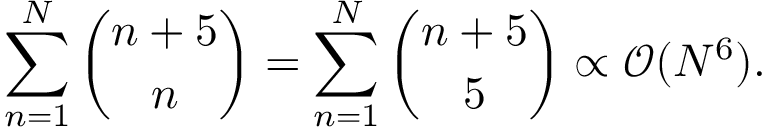
\sum _ { n = 1 } ^ { N } { \binom { n + 5 } { n } } = \sum _ { n = 1 } ^ { N } { \binom { n + 5 } { 5 } } \propto \mathcal { O } ( N ^ { 6 } ) .